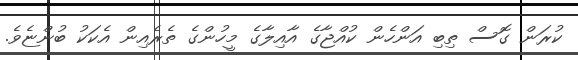
ކުރަން ގޮސް ތިބި އަންހެން ކުއްޖާގެ އާއިލާގެ މީހުންގެ ތެރެއިން އެކަކު ބުންޏެވެ.